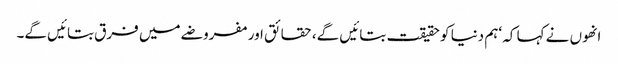
انھوں نے کہا کہ ‘ہم دنیا کو حقیقت بتائیں گے، حقائق اور مفروضے میں فرق بتائیں گے۔